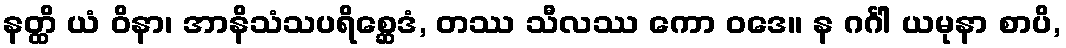
နတ္ထိ ယံ ဝိနာ၊ အာနိသံသပရိစ္ဆေဒံ, တဿ သီလဿ ကော ဝဒေ။ န ဂင်္ဂါ ယမုနာ စာပိ,